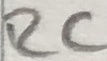
Text: RC